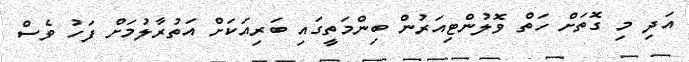
އަދި މި ގޮތަށް ހަތް ވޮލުންޓިއަރުން ބިންމަތީގައި ބަރިއަކަށް އަތުރާލުމަށް ފަހު ވެސް